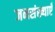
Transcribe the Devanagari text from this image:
जनसंख्याएँ